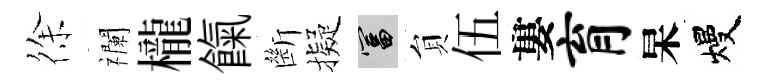
徐襴櫳餼㫁擬富貟伍婁育杲熳